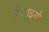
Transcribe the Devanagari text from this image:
ईकाइयो